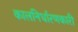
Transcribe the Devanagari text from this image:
कालनिर्धारणकारी